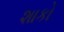
શાકો